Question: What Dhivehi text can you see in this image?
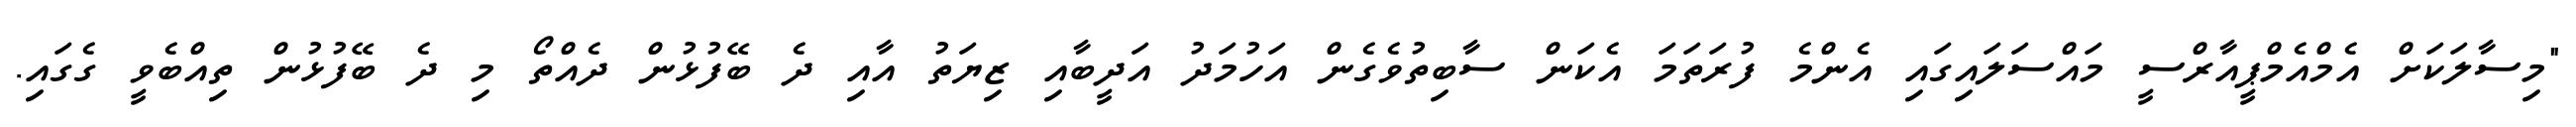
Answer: "މިސާލަކަށް އެމްއެމްޕީއާރްސީ މައްސަލައިގައި އެންމެ ފުރަތަމަ އެކަން ސާބިތުވެގެން އަހުމަދު އަދީބާއި ޒިޔަތު އާއި ދެ ބޭފުޅުން ދެއްތޯ މި ދެ ބޭފުޅުން ތިއްބެވީ ގެގައި.